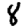
Digit: 8